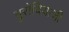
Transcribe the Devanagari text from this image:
मुरोदियाजी